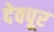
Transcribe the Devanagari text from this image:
देवपूर